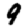
Digit: 9